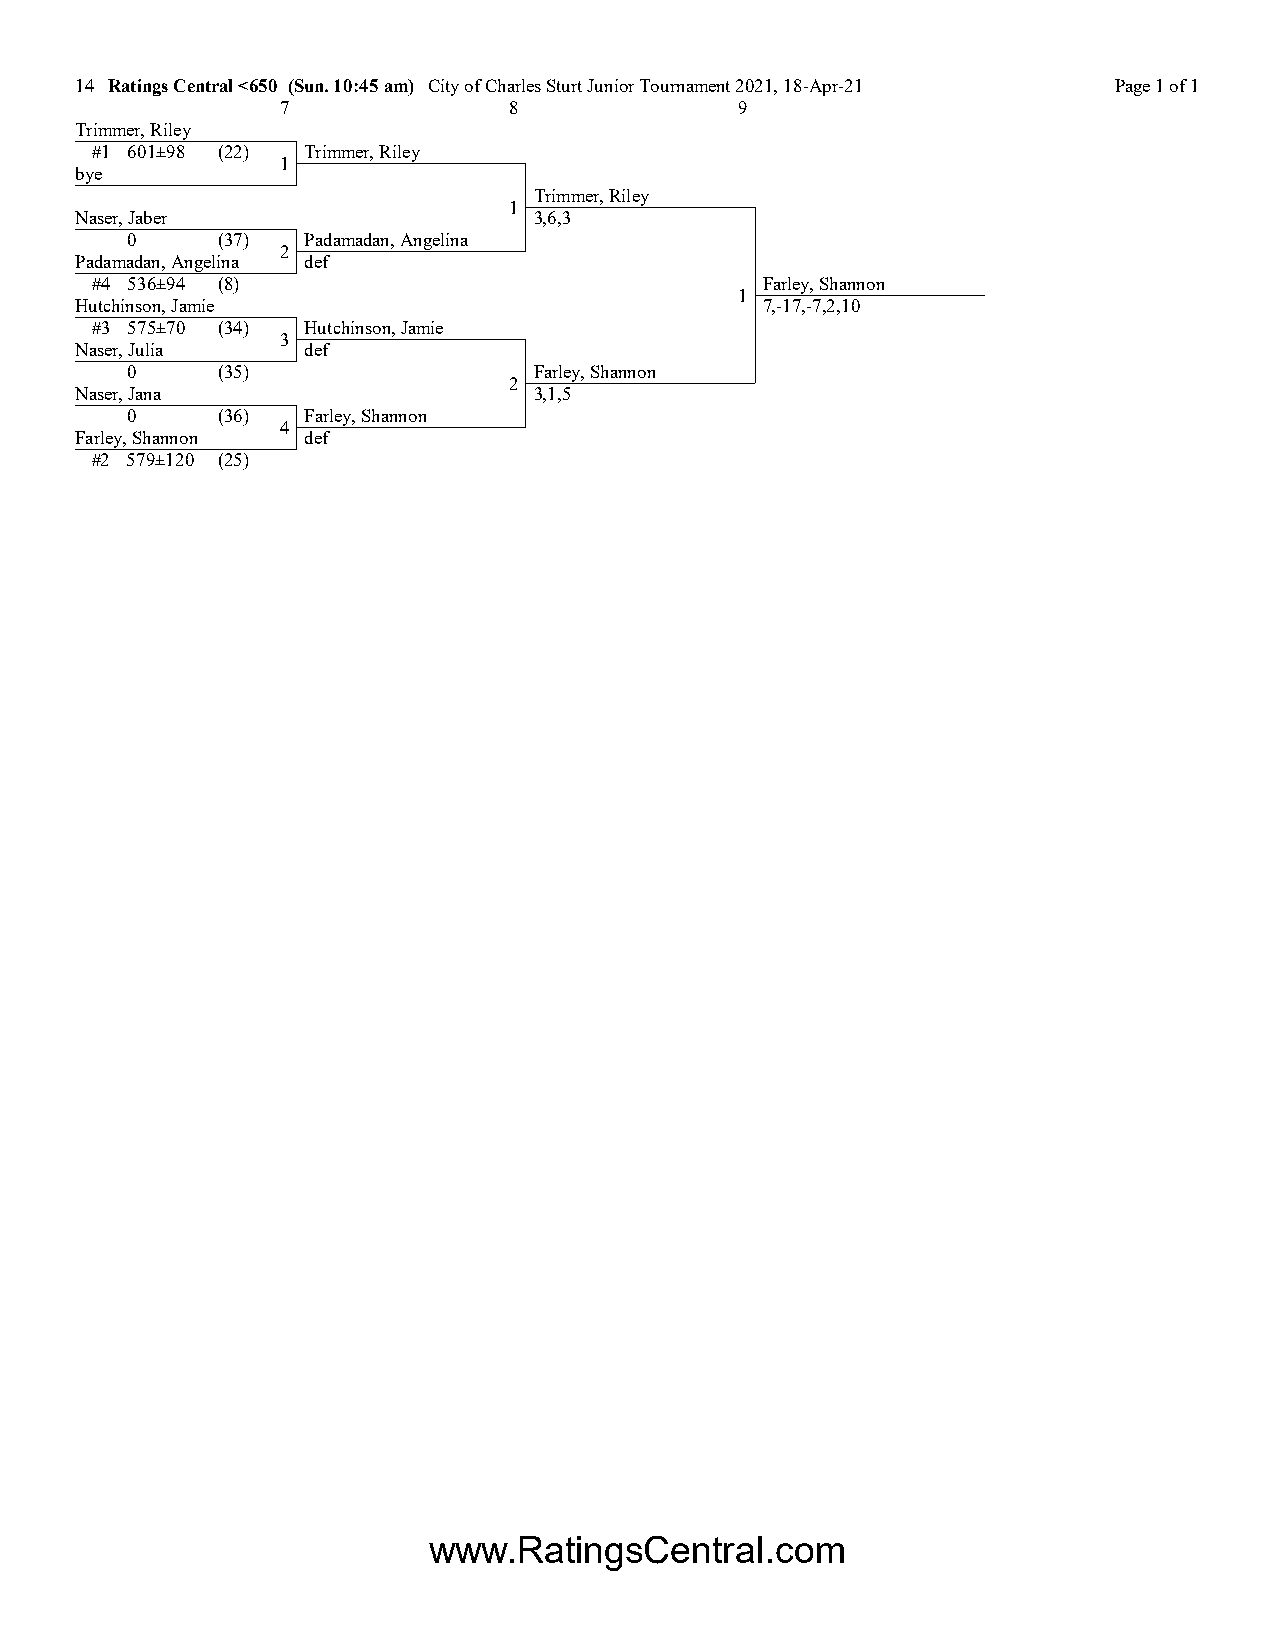
14 Ratings Central <650 (Sun. 10:45 am) City of Charles Sturt Junior Tournament 2021, 18-Apr-21 Page 1 of 1
 7              8              9
 Trimmer, Riley
 #1 601±98 (22) Trimmer, Riley
 1
 bye
 Trimmer, Riley
 1
 Naser, Jaber                  3,6,3
 0     (37)  Padamadan, Angelina
 2
 Padamadan, Angelina def
 #4 536±94 (8)                               Farley, Shannon
 1
 Hutchinson, Jamie                            7,-17,-7,2,10
 #3 575±70 (34) Hutchinson, Jamie
 3
 Naser, Julia   def
 0     (35)                 Farley, Shannon
 2
 Naser, Jana                   3,1,5
 0     (36)  Farley, Shannon
 4
 Farley, Shannon def
 #2 579±120 (25)
 www.RatingsCentral.com